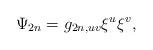
LaTeX: \begin{align*}\Psi _{2n}=g_{2n,uv}\xi ^{u}\xi ^{v}, \end{align*}